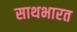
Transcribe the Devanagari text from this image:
साथभारत